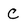
Character: C